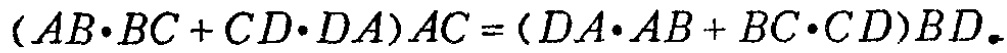
\((AB\cdot BC + CD\cdot DA)AC=(DA\cdot AB + BC\cdot CD)BD\)